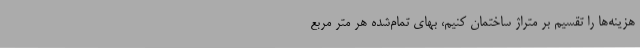
هزینه‌ها را تقسیم بر متراژ ساختمان کنیم، بهای تمام‌شده هر متر مربع